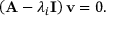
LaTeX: \left( \mathbf { A } - \lambda _ { i } \mathbf { I } \right) \mathbf { v } = 0 .